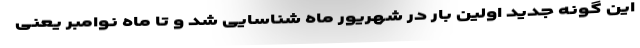
این گونه جدید اولین بار در شهریور ماه شناسایی شد و تا ماه نوامبر یعنی